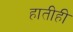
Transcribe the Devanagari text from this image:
हातीही